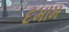
દમામ